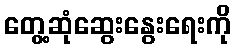
တွေ့ဆုံဆွေးနွေးရေးကို